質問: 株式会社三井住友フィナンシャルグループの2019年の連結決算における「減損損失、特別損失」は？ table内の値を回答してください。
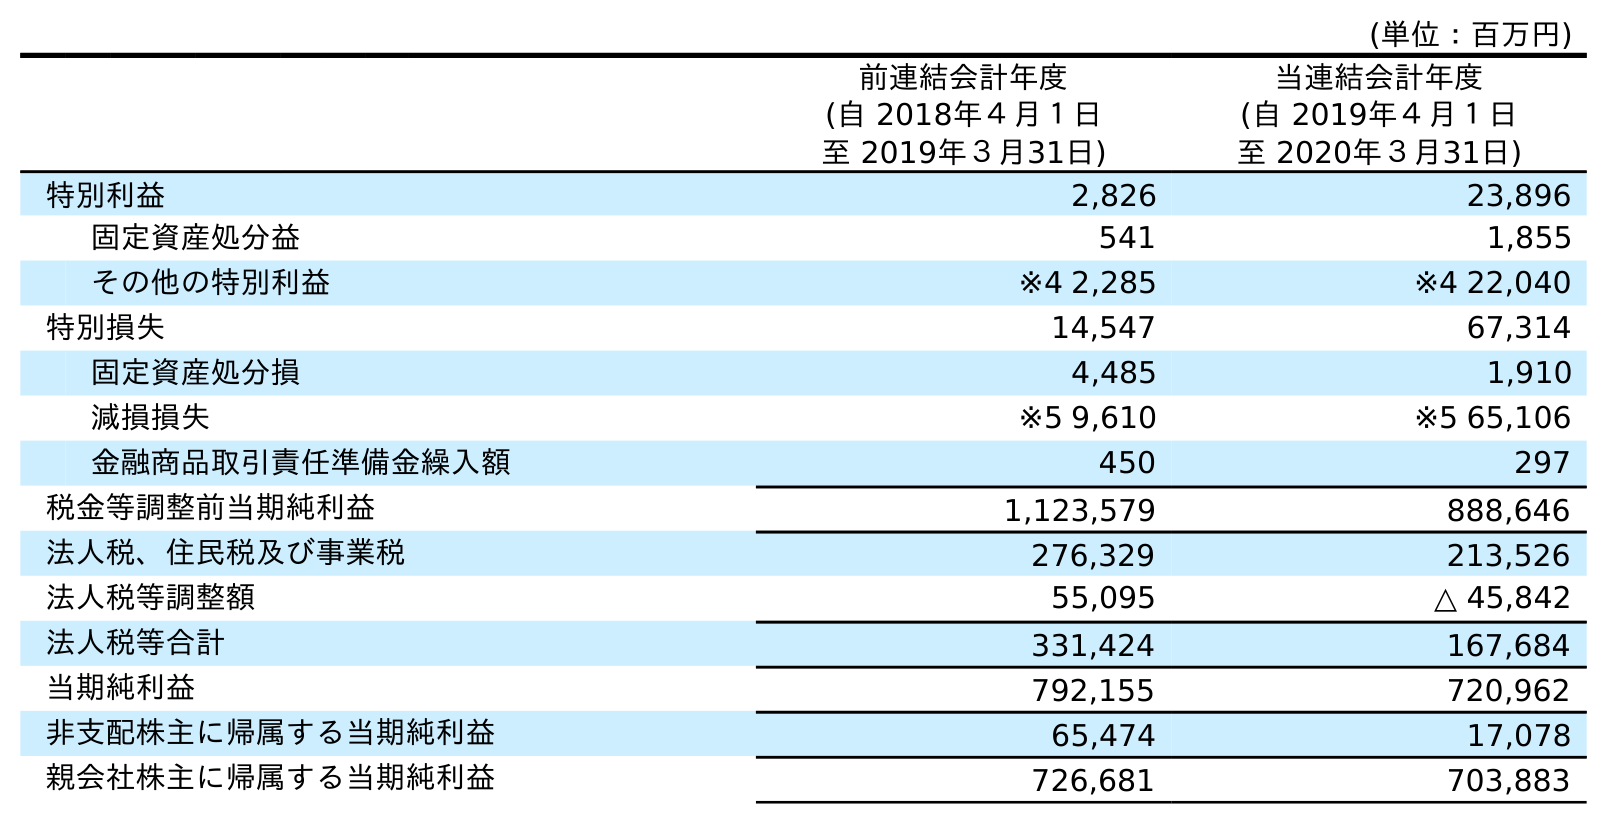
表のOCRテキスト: (単位：百万円) 前連結会計年度 (自 2018年４月１日 至 2019年３月31日) 当連結会計年度 (自 2019年４月１日 至 2020年３月31日) 特別利益 2,826 23,896 固定資産処分益 541 1,855 その他の特別利益 ※4 2,285 ※4 22,040 特別損失 14,547 67,314 固定資産処分損 4,485 1,910 減損損失 ※5 9,610 ※5 65,106 金融商品取引責任準備金繰入額 450 297 税金等調整前当期純利益 1,123,579 888,646 法人税、住民税及び事業税 276,329 213,526 法人税等調整額 55,095 △ 45,842 法人税等合計 331,424 167,684 当期純利益 792,155 720,962 非支配株主に帰属する当期純利益 65,474 17,078 親会社株主に帰属する当期純利益 726,681 703,883
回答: ※59,610